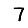
Digit: 7